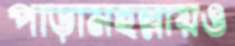
পাড়ামহল্লায়ও